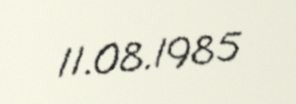
11.08.1985